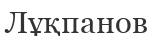
Лұқпанов